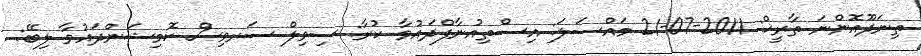
ތިނަދޫއޮންނަ ތާރީޚް: 2011-07-21 މައްސަލަ: އިސްތިއުނާފްދައުވާ ކުރާ: ސިވިލް ސަރވިސް ކޮމިޝަންދައުވާ ލިބޭ: